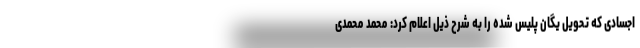
اجسادی که تحویل یگان پلیس شده را به شرح ذیل اعلام کرد: محمد محمدی